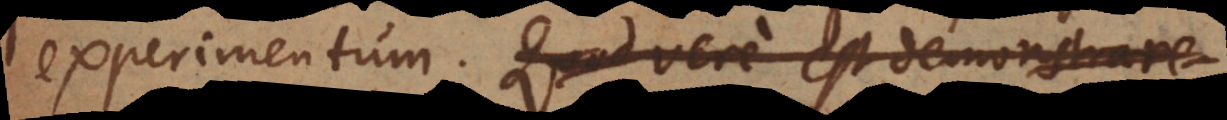
experimentum. Quod vere est demonstrare.